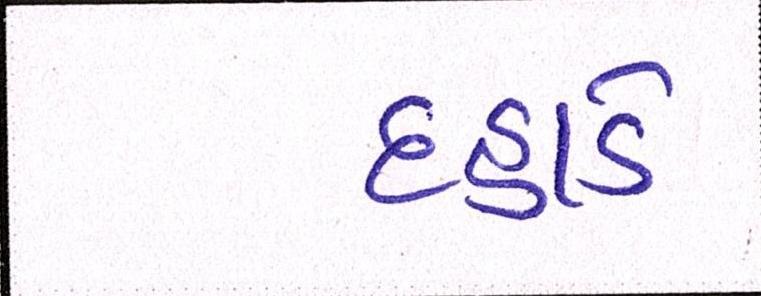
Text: દહાડે